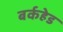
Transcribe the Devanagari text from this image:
बर्कहेड